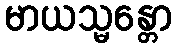
မာယသ္မန္တော